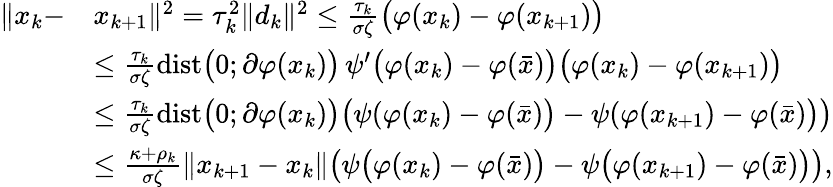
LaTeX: \begin{array}{rl}{\| x_{k}-}&{x_{k+1}\| ^{2}=\tau_{k}^{2}\| d_{k}\| ^{2}\leq\frac{\tau_{k}}{\sigma\zeta}\big(\varphi(x_{k})-\varphi(x_{k+1})\big)}\\ &{\leq\frac{\tau_{k}}{\sigma\zeta}\mathrm{dist}\big(0;\partial\varphi(x_{k})\big)\, \psi^{\prime}\big(\varphi(x_{k})-\varphi(\bar{x})\big)\big(\varphi(x_{k})-\varphi(x_{k+1})\big)}\\ &{\leq\frac{\tau_{k}}{\sigma\zeta}\mathrm{dist}\big(0;\partial\varphi(x_{k})\big)\big(\psi(\varphi(x_{k})-\varphi(\bar{x})\big)-\psi(\varphi(x_{k+1})-\varphi(\bar{x})\big)\big)}\\ &{\leq\frac{\kappa+\rho_{k}}{\sigma\zeta}\| x_{k+1}-x_{k}\| \big(\psi\big(\varphi(x_{k})-\varphi(\bar{x})\big)-\psi\big(\varphi(x_{k+1})-\varphi(\bar{x})\big)\big),}\end{array}